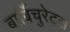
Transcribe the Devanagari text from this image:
बार्बिचुरेट्स